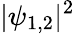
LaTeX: |\psi_{1,2}|^{2}